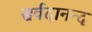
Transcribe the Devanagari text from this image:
सर्वदानन्द